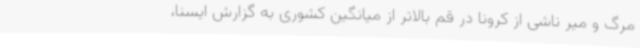
مرگ و میر ناشی از کرونا در قم بالاتر از میانگین کشوری به گزارش ایسنا،